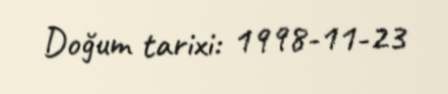
Doğum tarixi: 1998-11-23